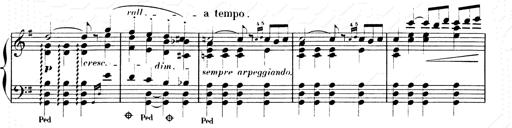
Title: Les SabÃ©ennes
Composer: Franz Liszt